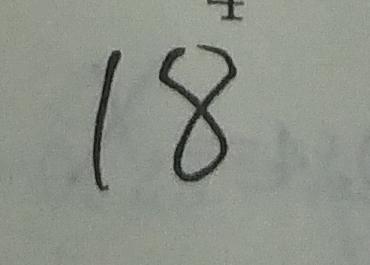
1 8